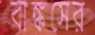
বাঙ্কসের